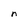
Character: n